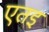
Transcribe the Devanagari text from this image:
एतइ